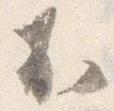
不